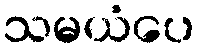
သမယံပေ